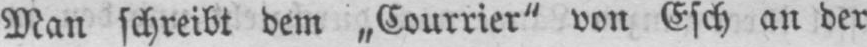
Man schreibt dem „Courrier‟ von Esch an der